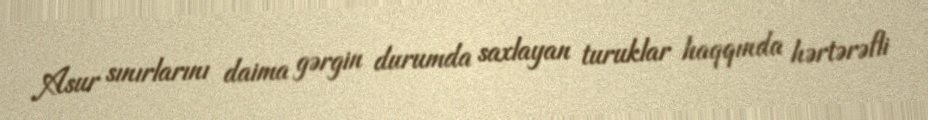
Asur sınırlarını daima gərgin durumda saxlayan turuklar haqqında hərtərəfli